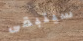
سيتبقى